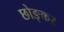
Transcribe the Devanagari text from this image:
छोङ्कर